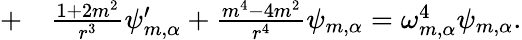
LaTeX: \begin{array}{rl}{+}&{{}\frac{1+2m^{2}}{r^{3}}\psi_{m,\alpha}^{\prime}+\frac{m^{4}-4m^{2}}{r^{4}}\psi_{m,\alpha}=\omega_{m,\alpha}^{4}\psi_{m,\alpha}.}\end{array}